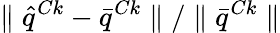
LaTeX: \parallel\hat{q}^{Ck}-\bar{q}^{Ck}\parallel/\parallel\bar{q}^{Ck}\parallel